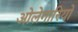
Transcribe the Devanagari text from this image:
ओलेगारियो